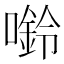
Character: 𫫿